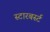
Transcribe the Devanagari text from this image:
स्टारबर्स्ट